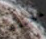
تنظيفها